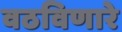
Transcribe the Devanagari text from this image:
वठविणारे